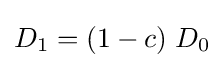
D_{1}=(1-c)\;D_{0}